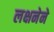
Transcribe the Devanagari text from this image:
लक्षनेने